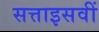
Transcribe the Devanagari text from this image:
सत्ताइसवीं